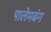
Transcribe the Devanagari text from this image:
पालेमबंग